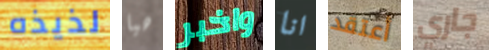
لذيذه هيا واخبر انا أعتقد جاري